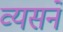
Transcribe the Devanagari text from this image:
व्यसनें